Indian journal of veterinary science and animal husbandry - Volume 6,
Year: 1936
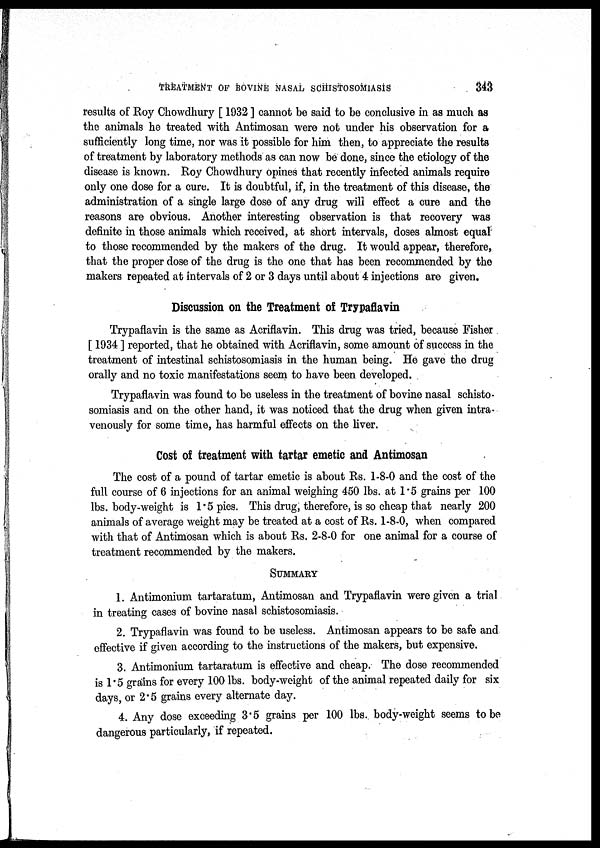
TREATMENT OF BOVINE NASAL SCHISTOSOMIASIS
343
results of Roy Chowdhury [ 1932 ] cannot be said to be conclusive in as much as
the animals he treated with Antimosan were not under his observation for a
sufficiently long time, nor was it possible for him then, to appreciate the results
of treatment by laboratory methods as can now be done, since the etiology of the
disease is known. Roy Chowdhury opines that recently infected animals require
only one dose for a cure. It is doubtful, if, in the treatment of this disease, the
administration of a single large dose of any drug will effect a cure and the
reasons are obvious. Another interesting observation is that recovery was
definite in those animals which received, at short intervals, doses almost equal
to those recommended by the makers of the drug. It would appear, therefore,
that the proper dose of the drug is the one that has been recommended by the
makers repeated at intervals of 2 or 3 days until about 4 injections are given.
Discussion on the Treatment of Trypaflavin
Trypaflavin is the same as Acriflavin. This drug was tried, because Fisher
[ 1934 ] reported, that he obtained with Acriflavin, some amount of success in the
treatment of intestinal schistosomiasis in the human being. He gave the drug
orally and no toxic manifestations seem to have been developed.
Trypaflavin was found to be useless in the treatment of bovine nasal schisto-
somiasis and on the other hand, it was noticed that the drug when given intra-
venously for some time, has harmful effects on the liver.
Cost of treatment with tartar emetic and Antimosan
The cost of a pound of tartar emetic is about Rs. 1-8-0 and the cost of the
full course of 6 injections for an animal weighing 450 lbs. at 1.5 grains per 100
lbs. body-weight is 1.5 pies. This drug, therefore, is so cheap that nearly 200
animals of average weight may be treated at a cost of Rs. 1-8-0, when compared
with that of Antimosan which is about Rs. 2-8-0 for one animal for a course of
treatment recommended by the makers.
SUMMARY
1. Antimonium tartaratum, Antimosan and Trypaflavin were given a trial
in treating cases of bovine nasal schistosomiasis.
2. Trypaflavin was found to be useless. Antimosan appears to be safe and
effective if given according to the instructions of the makers, but expensive.
3. Antimonium tartaratum is effective and cheap. The dose recommended
is 1.5 grains for every 100 lbs. body-weight of the animal repeated daily for six
days, or 2.5 grains every alternate day.
4. Any dose exceeding 3.5 grains per 100 lbs. body-weight seems to be
dangerous particularly, if repeated.